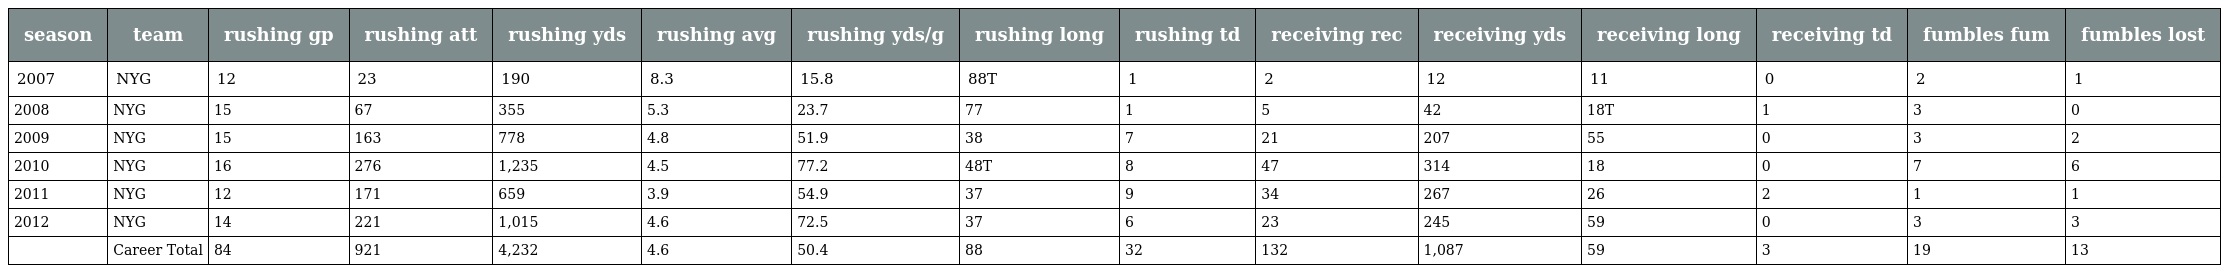
| season | team | rushing gp | rushing att | rushing yds | rushing avg | rushing yds/g | rushing long | rushing td | receiving rec | receiving yds | receiving long | receiving td | fumbles fum | fumbles lost |
 | --- | --- | --- | --- | --- | --- | --- | --- | --- | --- | --- | --- | --- | --- | --- |
 | 2007 | NYG | 12 | 23 | 190 | 8.3 | 15.8 | 88T | 1 | 2 | 12 | 11 | 0 | 2 | 1 |
 | 2008 | NYG | 15 | 67 | 355 | 5.3 | 23.7 | 77 | 1 | 5 | 42 | 18T | 1 | 3 | 0 |
 | 2009 | NYG | 15 | 163 | 778 | 4.8 | 51.9 | 38 | 7 | 21 | 207 | 55 | 0 | 3 | 2 |
 | 2010 | NYG | 16 | 276 | 1,235 | 4.5 | 77.2 | 48T | 8 | 47 | 314 | 18 | 0 | 7 | 6 |
 | 2011 | NYG | 12 | 171 | 659 | 3.9 | 54.9 | 37 | 9 | 34 | 267 | 26 | 2 | 1 | 1 |
 | 2012 | NYG | 14 | 221 | 1,015 | 4.6 | 72.5 | 37 | 6 | 23 | 245 | 59 | 0 | 3 | 3 |
 |  | Career Total | 84 | 921 | 4,232 | 4.6 | 50.4 | 88 | 32 | 132 | 1,087 | 59 | 3 | 19 | 13 |